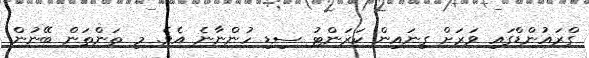
ގްރައުންޑްގައި ވަރަށް ގިނައިން ކަރަންޓު ސިޑި ހުންނާނެ އެވެ. މި ތަންތަން ބޭނުން